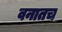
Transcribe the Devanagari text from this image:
वनातच